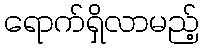
ရောက်ရှိလာမည့်